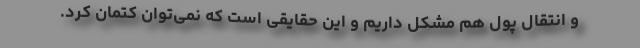
و انتقال پول هم مشکل داریم و این حقایقی است که نمی‌توان کتمان کرد.